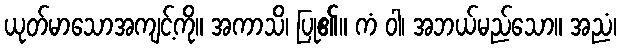
ယုတ်မာသောအကျင့်ကို။ အကာသိ၊ ပြု၏။ ကံ ဝါ၊ အဘယ်မည်သော။ အညံ၊